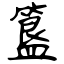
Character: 簋